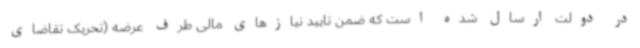
در دولت ارسال شده است که ضمن تایید نیازهای مالی طرف عرضه (تحریک تقاضای